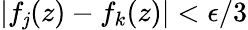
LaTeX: |f_{\mathit{j}}(z)-f_{k}(z)|<\epsilon/3